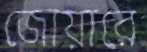
জোয়ারে